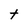
Character: t